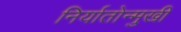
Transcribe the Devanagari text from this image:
निर्यातोन्मुखी